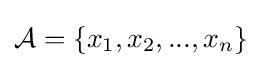
{\mathcal {A}}=\{x_{1},x_{2},...,x_{n}\}